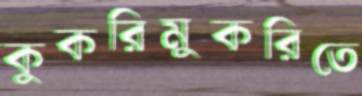
কুকরিমুকরিতে